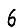
Digit: 6